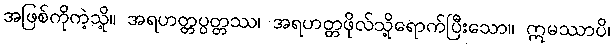
အဖြစ်ကိုကဲ့သို့။ အရဟတ္တပ္ပတ္တဿ၊ အရဟတ္တဖိုလ်သို့ရောက်ပြီးသော။ ဣမဿာပိ၊